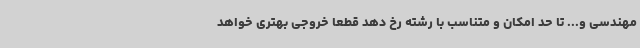
مهندسی و... تا حد امکان و متناسب با رشته رخ دهد قطعا خروجی بهتری خواهد